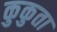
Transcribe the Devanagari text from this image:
कुकुता